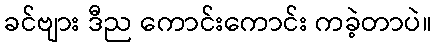
ခင်ဗျား ဒီည ကောင်းကောင်း ကခဲ့တာပဲ။